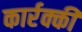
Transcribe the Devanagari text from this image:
कार्रक्की